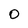
Character: O